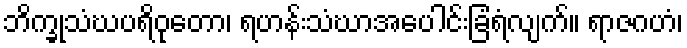
ဘိက္ခုသံဃပရိဝုတော၊ ရဟန်းသံဃာအပေါင်းခြံရံလျက်။ ရာဇဂဟံ၊